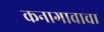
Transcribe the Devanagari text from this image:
कनागावाचा